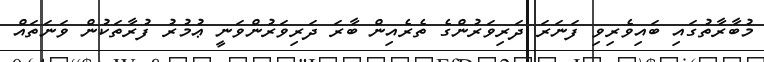
މުބާރާތުގައި ބައިވެރިވި ފަނަރަ ދަރިވަރުންގެ ތެރެއިން ބާރަ ދަރިވަރުންވަނީ ޢުމުރު ފުރާތަކުން ވަނަތައް